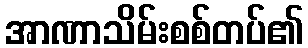
အာဏာသိမ်းစစ်တပ်၏